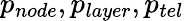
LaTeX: p_{node},p_{layer},{p_{tel}}